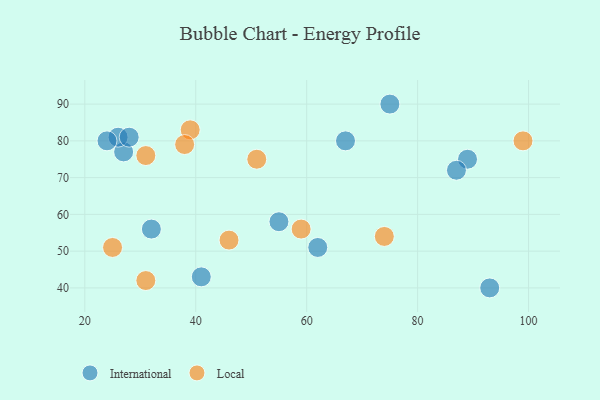
{"axis": {"x": "GDP", "y": "Life Expectancy"}, "legend": ["International", "Local"], "data": [{"x": "27", "y": 77, "type": "International"}, {"x": "26", "y": 81, "type": "International"}, {"x": "62", "y": 51, "type": "International"}, {"x": "75", "y": 90, "type": "International"}, {"x": "93", "y": 40, "type": "International"}, {"x": "89", "y": 75, "type": "International"}, {"x": "41", "y": 43, "type": "International"}, {"x": "67", "y": 80, "type": "International"}, {"x": "55", "y": 58, "type": "International"}, {"x": "28", "y": 81, "type": "International"}, {"x": "32", "y": 56, "type": "International"}, {"x": "24", "y": 80, "type": "International"}, {"x": "87", "y": 72, "type": "International"}, {"x": "31", "y": 76, "type": "Local"}, {"x": "39", "y": 83, "type": "Local"}, {"x": "31", "y": 42, "type": "Local"}, {"x": "59", "y": 56, "type": "Local"}, {"x": "25", "y": 51, "type": "Local"}, {"x": "99", "y": 80, "type": "Local"}, {"x": "38", "y": 79, "type": "Local"}, {"x": "46", "y": 53, "type": "Local"}, {"x": "74", "y": 54, "type": "Local"}, {"x": "51", "y": 75, "type": "Local"}]}